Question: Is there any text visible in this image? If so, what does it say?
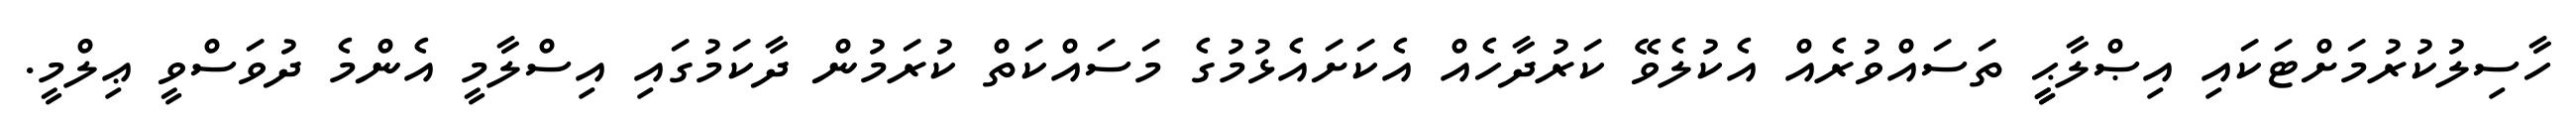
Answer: ހާސިލުކުރުމަށްޓަކައި އިޞްލާޙީީ ތަސައްވުރެއް އެކުލެވޭ ކަރުދާހެއް އެކަށައެޅުމުގެ މަސައްކަތް ކުރަމުން ދާކަމުގައި އިސްލާމީ އެންމެ ދުވަސްވީ ޢިލްމީ.